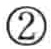
\textcircled{2}